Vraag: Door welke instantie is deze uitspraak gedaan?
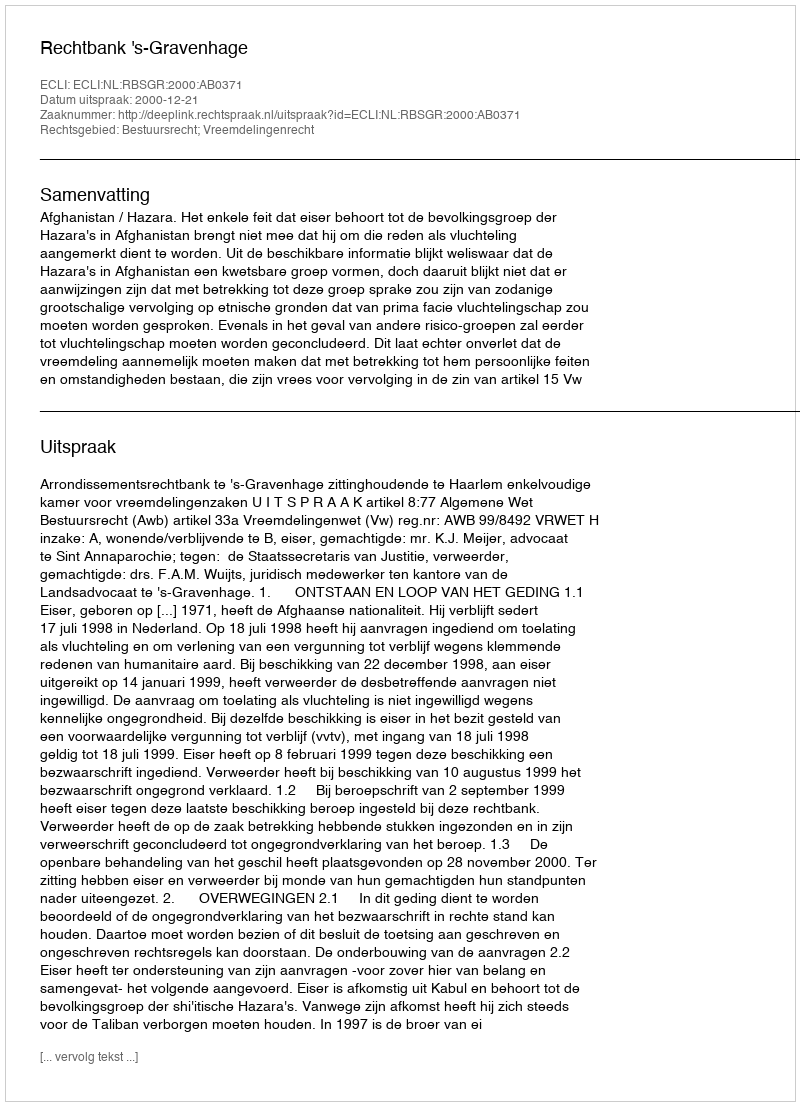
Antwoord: Rechtbank 's-Gravenhage